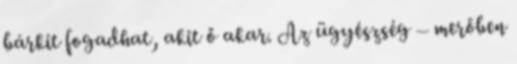
bárkit fogadhat, akit ő akar. Az ügyészség – merőben